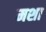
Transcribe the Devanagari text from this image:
मशा